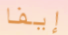
إيفا